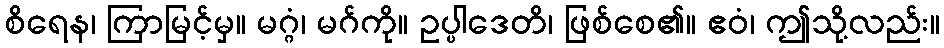
စိရေန၊ ကြာမြင့်မှ။ မဂ္ဂံ၊ မဂ်ကို။ ဥပ္ပါဒေတိ၊ ဖြစ်စေ၏။ ဧဝံ၊ ဤသို့လည်း။